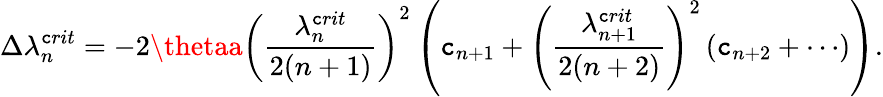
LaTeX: \Delta\lambda_{n}^{\mathtt{c}rit}=-2\thetaa\left(\frac{{\lambda_{n}^{\mathtt{c}rit}}}{{2(n+1)}}\right)^{2}\left(\mathtt{c}_{n+1}+\left(\frac{{\lambda_{n+1}^{\mathtt{c}rit}}}{{2(n+2)}}\right)^{2}\left(\mathtt{c}_{n+2}+\cdots\right)\right).